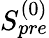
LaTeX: S_{pre}^{(0)}